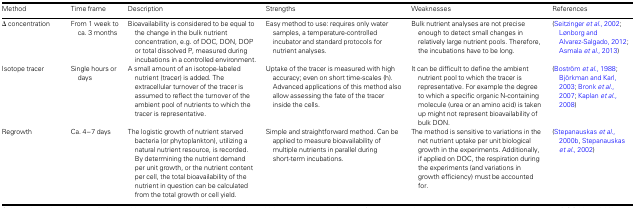
<table><thead><tr><td><b>Method</b></td><td><b>Time frame</b></td><td><b>Description</b></td><td><b>Strengths</b></td><td><b>Weaknesses</b></td><td><b>References</b></td></tr></thead><tbody><tr><td>Δ concentration</td><td>From 1 week to ca. 3 months</td><td>Bioavailability is considered to be equal to the change in the bulk nutrient concentration, e.g. of DOC, DON, DOP or total dissolved P, measured during incubations in a controlled environment.</td><td>Easy method to use: requires only water samples, a temperature-controlled incubator and standard protocols for nutrient analyses.</td><td>Bulk nutrient analyses are not precise enough to detect small changes in relatively large nutrient pools. Therefore, the incubations have to be long.</td><td>(Seitzinger <i>et al.</i>, 2002; Lønborg and Alvarez-Salgado, 2012; Asmala <i>et al.</i>, 2013)</td></tr><tr><td>Isotope tracer</td><td>Single hours or days</td><td>A small amount of an isotope-labeled nutrient (tracer) is added. The extracellular turnover of the tracer is assumed to reflect the turnover of the ambient pool of nutrients to which the tracer is representative.</td><td>Uptake of the tracer is measured with high accuracy; even on short time-scales (h). Advanced applications of this method also allow assessing the fate of the tracer inside the cells.</td><td>It can be difficult to define the ambient nutrient pool to which the tracer is representative. For example the degree to which a specific organic N-containing molecule (urea or an amino acid) is taken up might not represent bioavailability of bulk DON.</td><td>(Boström <i>et al.</i>, 1988; Björkman and Karl, 2003; Bronk <i>et al.</i>, 2007; Kaplan <i>et al.</i>, 2008)</td></tr><tr><td>Regrowth</td><td>Ca. 4–7 days</td><td>The logistic growth of nutrient starved bacteria (or phytoplankton), utilizing a natural nutrient resource, is recorded. By determining the nutrient demand per unit growth, or the nutrient content per cell, the total bioavailability of the nutrient in question can be calculated from the total growth or cell yield.</td><td>Simple and straightforward method. Can be applied to measure bioavailability of multiple nutrients in parallel during short-term incubations.</td><td>The method is sensitive to variations in the net nutrient uptake per unit biological growth in the experiments. Additionally, if applied on DOC, the respiration during the experiments (and variations in growth efficiency) must be accounted for.</td><td>(Stepanauskas <i>et al.</i>, 2000b, Stepanauskas <i>et al.</i>, 2002)</td></tr></tbody></table>